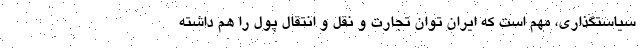
سیاستگذاری، مهم است که ایران توان تجارت و نقل و انتقال پول را هم داشته